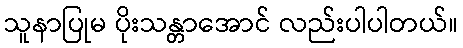
သူနာပြုမ ပိုးသန္တာအောင် လည်းပါပါတယ်။